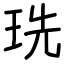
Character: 珗